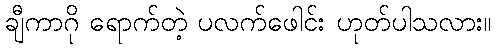
ချီကာဂို ရောက်တဲ့ ပလက်ဖေါင်း ဟုတ်ပါသလား။